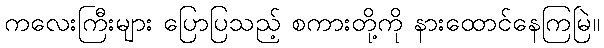
ကလေးကြီးများ ပြောပြသည့် စကားတို့ကို နားထောင်နေကြမြဲ။